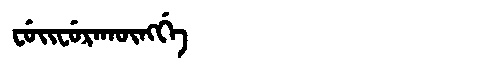
Manchu: ᠸᡠᡳᠸᡠᡵᠠᡴᡡᠩᡤᡝ
Romanization: FUIFURAKŪNGGE